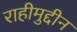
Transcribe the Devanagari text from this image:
राहीमुद्दीन